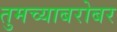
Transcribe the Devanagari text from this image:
तुमच्याबरोबर